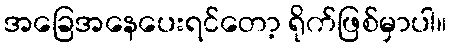
အခြေအနေပေးရင်တော့ ရိုက်ဖြစ်မှာပါ။